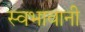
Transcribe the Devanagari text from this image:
स्वभावानी